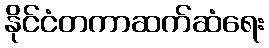
နိုင်ငံတကာဆက်ဆံရေး